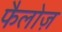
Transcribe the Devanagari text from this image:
फैलोज़